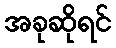
အခုဆိုရင်